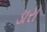
ડારા